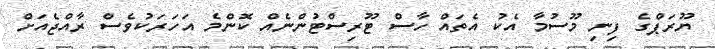
ޔޫރަޕްގެ ފިނި މޫސުމާ އެކު އެތައް ހާސް ޓޫރިސްޓުންނެއް ކޮންމެ އަހަރަކުވެސް ރާއްޖެއަށް